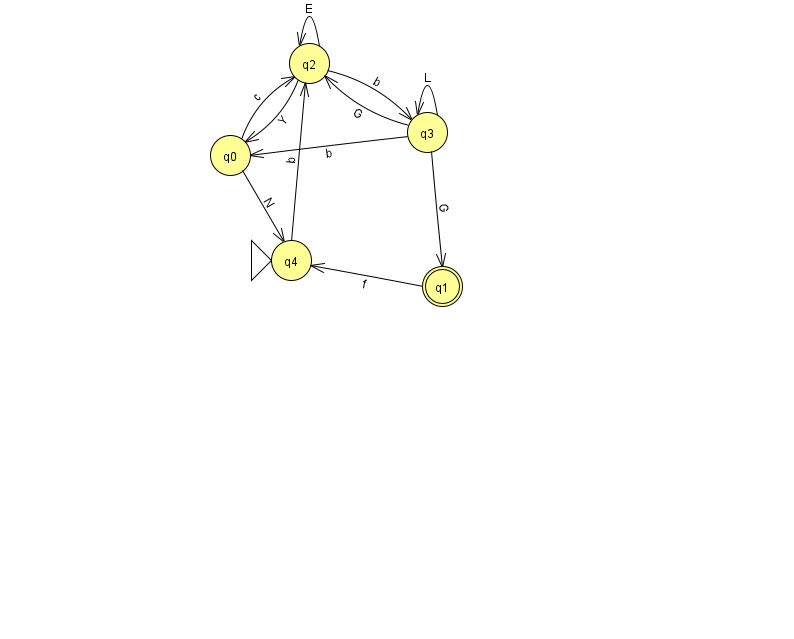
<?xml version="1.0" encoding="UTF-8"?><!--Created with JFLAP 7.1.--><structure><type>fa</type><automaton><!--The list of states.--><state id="0" name="q0"><x>230.0</x><y>142.0</y></state><state id="1" name="q1"><x>442.0</x><y>273.0</y><final/></state><state id="2" name="q2"><x>309.0</x><y>50.0</y></state><state id="3" name="q3"><x>427.0</x><y>119.0</y></state><state id="4" name="q4"><x>291.0</x><y>247.0</y><initial/></state><!--The list of transitions.--><transition><from>0</from><to>4</to><read>N</read></transition><transition><from>2</from><to>3</to><read>b</read></transition><transition><from>4</from><to>2</to><read>b</read></transition><transition><from>2</from><to>0</to><read>Y</read></transition><transition><from>2</from><to>2</to><read>E</read></transition><transition><from>3</from><to>2</to><read>G</read></transition><transition><from>1</from><to>4</to><read>f</read></transition><transition><from>3</from><to>1</to><read>G</read></transition><transition><from>3</from><to>3</to><read>L</read></transition><transition><from>0</from><to>2</to><read>c</read></transition><transition><from>3</from><to>0</to><read>b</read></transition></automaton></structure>